NAE_ERA_R-2324_Eesti_Vabariigi_Pohiseaduslik_Assamblee, lk 158
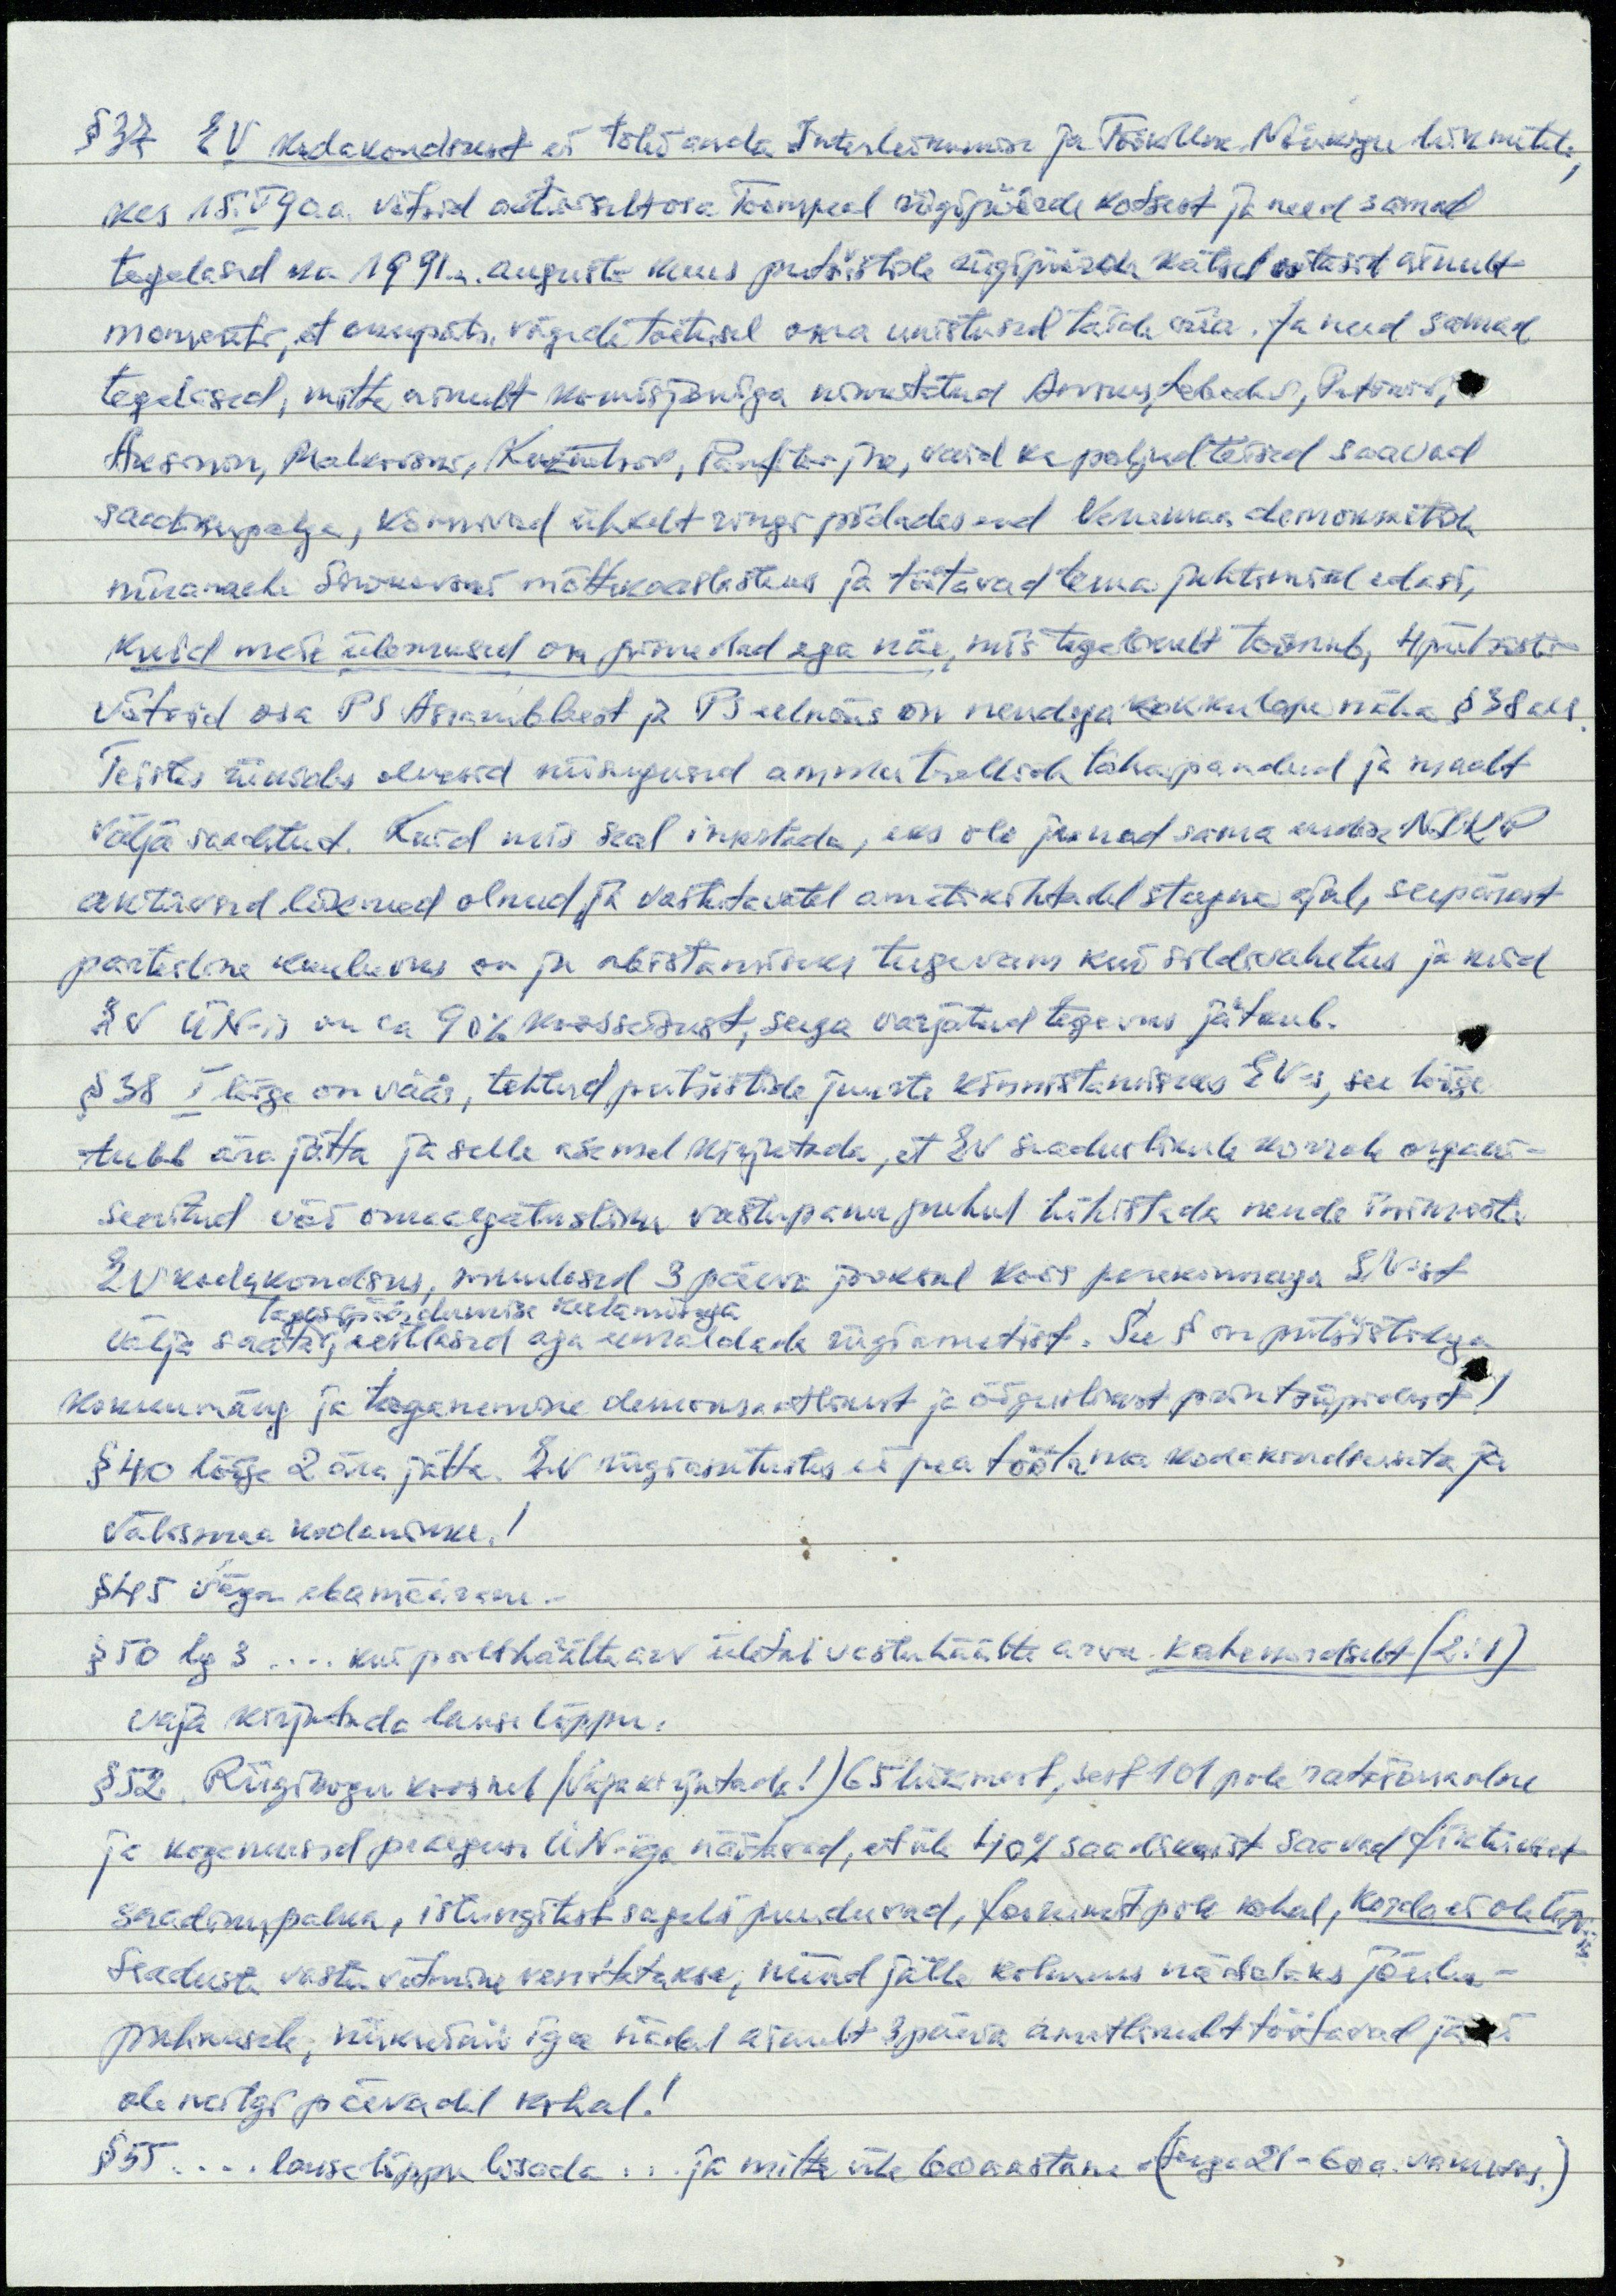
§ 37 EV kodakondsust ei tohi anda Interliikumise ja Töökollek. Nõukogu liikmetele,
kes 15.V 90 a. võtsid aktiivselt osa Toompeal riigipöörde katsest  ja need samad
tegelased ka 1991.a. augusti kuus putšistide riigipöörde katsel ootasid ainult
momenti, et okupats. vägede toetusel oma unistused täide viia. Ja need samad
tegelased, mitte ainult komisjoniga nimetatud Annus, Lebedev, Petinov,
Aksinin, Malkovski, Kuznetsov, Panfilov jne, vaid ka paljud teisid saavad
saadikupalga, kõnnivad uhkelt ringi pidades end Venemaa demokraatia
ninamehe Sirinovski mõttekaaslasteks ja töötavad tema juhtimisel edasi,
kuid meie ülemused on pimedad aga näe, mis tegelikult toimub, 4 putšisti
võtsid osa PS Assambleest ja PS eelnõus on nendega kokkulepe näha § 38 all.
Teistes riikides oleksid niisugused ammu trellide taha pandud ja maalt
välja saadetud. Kuid mis seal imestada, kus ole ju nad sama endise NLKP
aktiivsed liikmed olnud ja vastutavatel ametikohtadel stagna ajal, seepärast
parteiline kuuluvus on ju abistamiseks tugevam kui sildivahetus ja neid
EV ÜN-is on ca 90% koosseisust, seega varjatud tegevus jätkub.
§ 38 I lõige on väär, tehtud putšistide juurte kinnistamiseks EV-s, see lõige
tuleb ära jätta ja selle asemel kirjutada, et EV seaduslikule korrale organi-
seeritud või omaalgatusliku vastupanu puhul tühistada nende inimeste
EV kodakondsus, muulased 3 päeva jooksul koos perekonnaga EV-st
tagasipöördumise keelamisega
välja saata, eestlasid aga eemaldada riigiametist. See § on putšistidega
kokkumäng ja taganemine demokraatlikust ja õiguslikust printsiipidest!
§ 40 lõige 2 ära jätta. EV riigiasutustes ei pea töötama kodakondsuseta ja
välismaa kodanikke!
§ 45 väga ebamäärane.
§ 50 lg 3.... kui poolthäälte arv ületab vastuhäälte arvu kahekordselt (2:1)
vaja kirjutada lause lõppu.
§ 52. Riigikogu koosneb (vaja kirjutada!) 65 liikmest, sest 101 pole ratsionaalne
ja kogemused praeguse ÜN-iga näitavad, et üle 40% saadikuist saavad fiktiivset
saadikupalka, istungitest sageli puuduvad, foorumist pole kohal, korda ei ole ÜN-is
Seaduste vastu võtmine venitatakse, nüüd jälle kolmeks nädalaks Jõulu-
puhkusele, niikuinii iga nädal ainult 3 päeva ametlikult töötavad ja
ole neilgi päevadel kohal!
§ 55 ... lause lõppu lisada ... ja mitte üle 60 aastane. (Seega 21-60a. vanuses.)